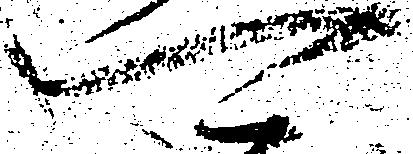
可